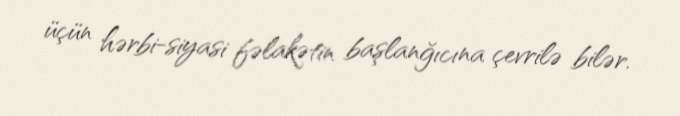
üçün hərbi-siyasi fəlakətin başlanğıcına çevrilə bilər.